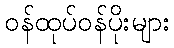
ဝန်ထုပ်ဝန်ပိုးများ